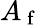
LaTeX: A_{\mathrm{~f~}}